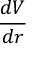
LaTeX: \frac { d V } { d r }